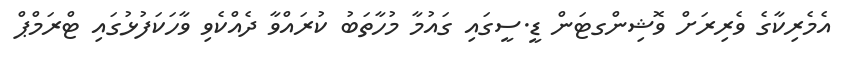
އެމެރިކާގެ ވެރިރަށް ވޮޝިންގޓަން ޑީ.ސީގައި ގައުމާ މުހާތަބު ކުރައްވާ ދެއްކެވި ވާހަކަފުޅުގައި ޓްރަމްޕް